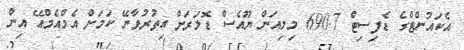
އެކައުންޓްގެ ޑެފިސިޓް 690.7 މިލިއަން ޔޫއެސް ޑޮލަރަށް އިތުރުވާނޭ ކަމަށް އެމްއެމްއޭ އިން